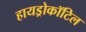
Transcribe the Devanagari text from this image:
हायड्रोकॉटिल